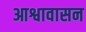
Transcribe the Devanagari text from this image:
आश्वावासन